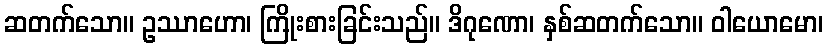
ဆတက်သော။ ဥဿာဟော၊ ကြိုးစားခြင်းသည်။ ဒိဂုဏော၊ နှစ်ဆတက်သော။ ဝါယောမော၊